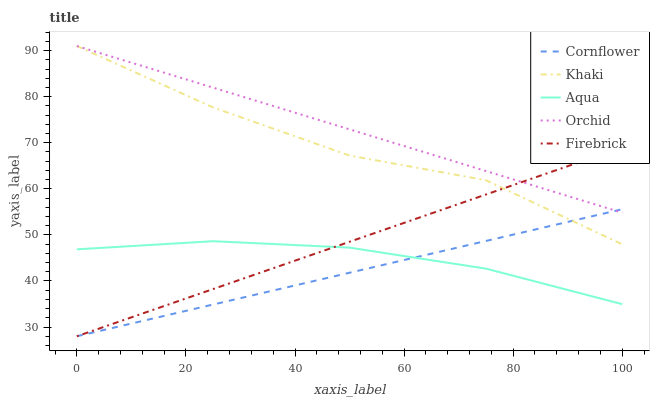
| xaxis_label | Cornflower | Khaki | Aqua | Orchid | Firebrick |
 | --- | --- | --- | --- | --- | --- |
 | 0 | 28 | 91 | 46.9 | 91 | 28 |
 | 25 | 34.9 | 77.7 | 48.6 | 82 | 38.3 |
 | 50 | 41.8 | 67.2 | 47.2 | 72.9 | 48.5 |
 | 75 | 48.7 | 61.9 | 42.7 | 63.9 | 58.8 |
 | 100 | 55.6 | 47.9 | 35 | 54.8 | 69 |